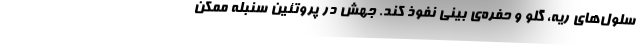
سلول‌های ریه، گلو و حفره‌ی بینی نفوذ کند. جهش در پروتئین سنبله ممکن